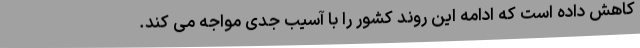
کاهش داده است که ادامه این روند کشور را با آسیب جدی مواجه می کند.